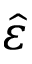
\hat { \varepsilon }